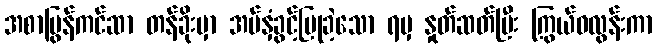
အစာပြွန်ကင်ဆာ တန်ခိုးမှာ အပ်နှံခွင့်ပြုခဲ့သော ရမှ နှုတ်ဆတ်ပြီး ကြွယ်ဝလွန်းကာ